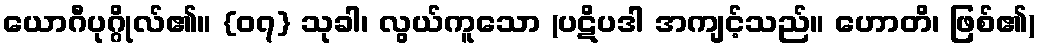
ယောဂီပုဂ္ဂိုလ်၏။ {၀၇} သုခါ၊ လွယ်ကူသော (ပဋိပဒါ အကျင့်သည်။ ဟောတိ၊ ဖြစ်၏)